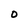
Character: O